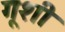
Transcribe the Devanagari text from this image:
गूशी